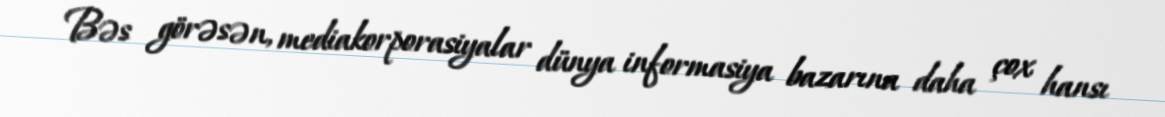
Bəs görəsən, mediakorporasiyalar dünya informasiya bazarına daha çox hansı